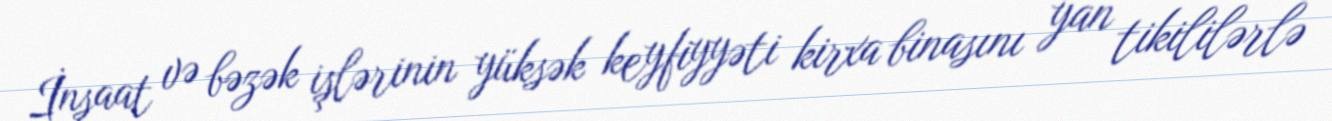
İnşaat və bəzək işlərinin yüksək keyfiyyəti kirxa binasını yan tikililərlə